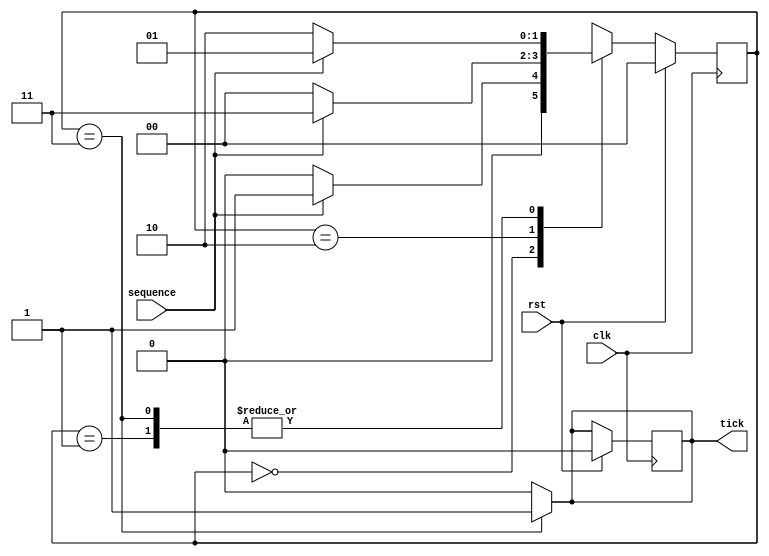
module checker (
input wire clk,
input wire rst,
input wire sequence ,
output reg tick
) ;

//State declarations
localparam a = 2'b00 ;
localparam b = 2'b01 ;
localparam c = 2'b10 ;
localparam d = 2'b11 ;

//Signals
reg [1:0] presentState ;
reg [1:0] nextState ;

//State assignments
always @ (posedge clk)
begin
if(rst)     begin presentState <= a ; tick = 1'b0 ; end
else  presentState <= nextState ;
end



always @(presentState or sequence)
begin

case(presentState)
    a : begin if (sequence)   nextState = b ;  else nextState = a; end
    b : begin if (~sequence)  nextState = c ;  else nextState = b; end
    c : begin if (sequence)   nextState = d ;  else nextState = a; end
    d : begin if(sequence)    nextState = b ;  else nextState = c ;end
	
endcase

if (presentState==d)	tick = 1'b1; else tick = 1'b0; 


end
endmodule